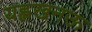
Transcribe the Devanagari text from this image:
यह्लखनऊ